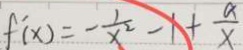
f ^ { \prime } ( x ) = - \frac { 1 } { x ^ { 2 } } - 1 + \frac { a } { x }